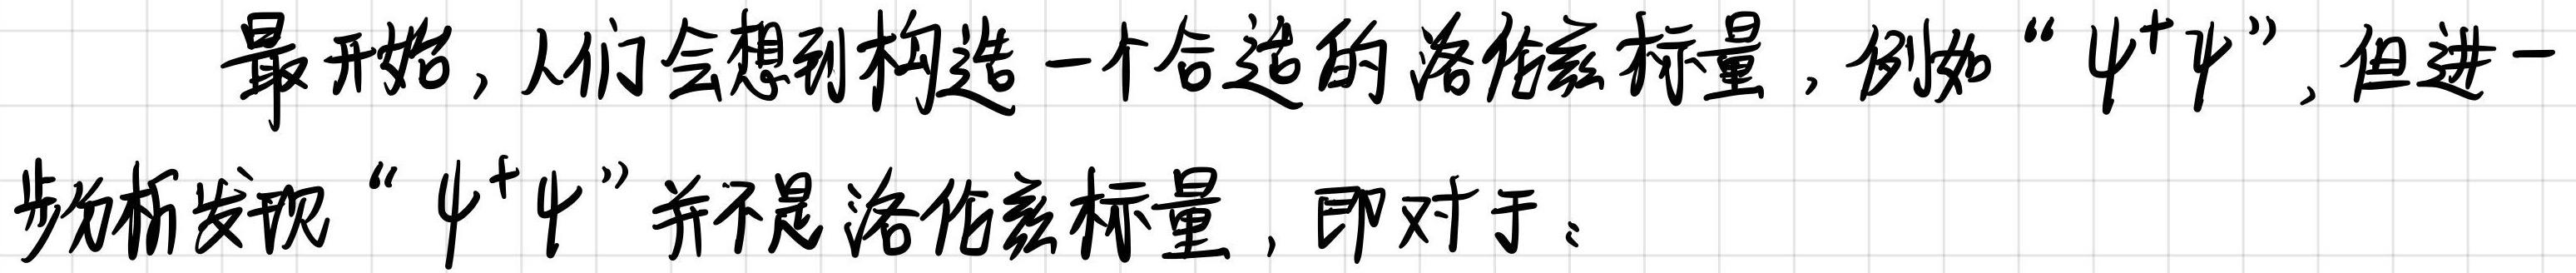
最开始，人们会想到构造一个合适的洛伦兹标量，例如“$\psi^+\psi$”，但进一步分析发现“$\psi^+\psi$”并不是洛伦兹标量，即对于：